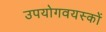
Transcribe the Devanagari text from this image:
उपयोगवयस्कों